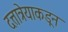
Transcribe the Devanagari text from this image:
दत्तात्रेयाकडून